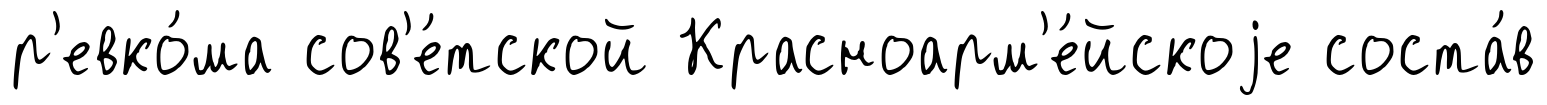
р'евко́ма сов'е́тской Красноарм'е́йскоjе соста́в